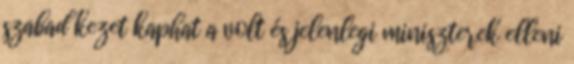
szabad kezet kaphat a volt és jelenlegi miniszterek elleni